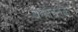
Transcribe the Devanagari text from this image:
बर्फाइतके